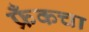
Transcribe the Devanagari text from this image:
फ्रँकचा